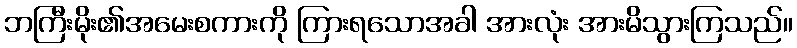
ဘကြီးမိုး၏အမေးစကားကို ကြားရသောအခါ အားလုံး အားမိသွားကြသည်။